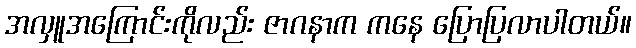
အလှူအကြောင်းကိုလည်း ဇာဂနာက ကနေ ပြောပြလာပါတယ်။